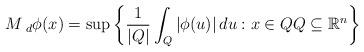
LaTeX: \begin{align*}M{}\,_{d}\phi{}(x)=\sup\left\{ \frac{1}{\left\vert Q\right\vert }\int_{Q}\left\vert \phi(u)\right\vert du:x\in QQ\subseteq\mathbb{R}^{n}\right\} \end{align*}